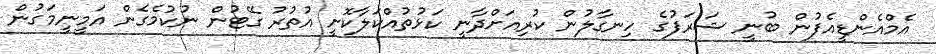
އެމްއެންޑީއެފުން ބުނީ ޝަރަފުގެ ހިނގާލުން ކުރިއަށްދާނީ ކަޅުތުއްކަލާކޮށީ އުތުރު ގޭޓުން ނުކުމެގެން އަމީނީމަގުން